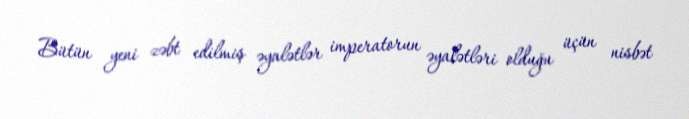
Bütün yeni zəbt edilmiş əyalətlər imperatorun əyalətləri olduğu üçün nisbət